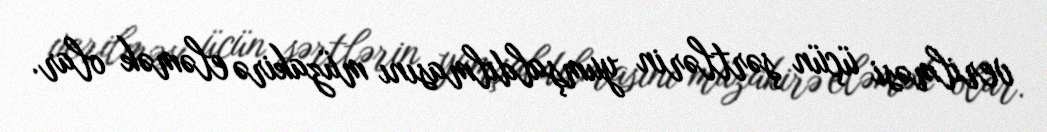
verilməsi üçün şərtlərin yumşaldılmasını müzakirə eləmək olar.